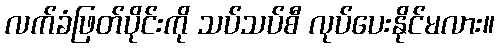
လက်ခံဖြတ်ပိုင်းကို သပ်သပ်စီ လုပ်ပေးနိုင်မလား။